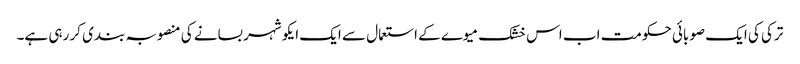
ترکی کی ایک صوبائی حکومت اب اس خشک میوے کے استعمال سے ایک ایکو شہر بسانے کی منصوبہ بندی کر رہی ہے۔